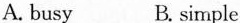
A. busy B. simple